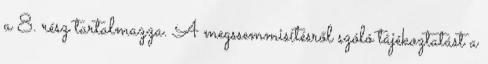
a 8. rész tartalmazza. A megssemmisítésről szóló tájékoztatást a